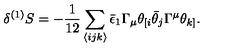
\delta ^ { ( 1 ) } S = - \frac { 1 } { 1 2 } \sum _ { \langle i j k \rangle } \bar { \epsilon } _ { 1 } \Gamma _ { \mu } \theta _ { [ i } \bar { \theta } _ { j } \Gamma ^ { \mu } \theta _ { k ] } . \,